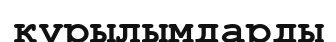
кұрылымдарды